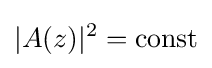
|A(z)|^{2}={\text{const}}